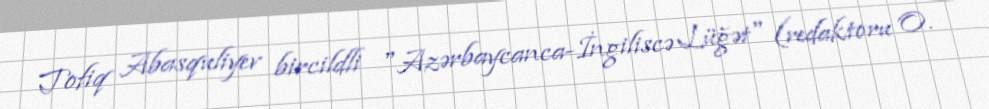
Tofiq Abasquliyev bircildli "Azərbaycanca-İngiliscə Lüğət" (redaktoru O.